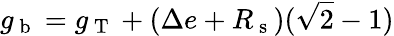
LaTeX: g_{\mathrm{~b~}}=g_{\mathrm{~T~}}+(\Delta e+R_{\mathrm{~s~}})(\sqrt{2}-1)